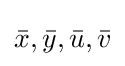
{\bar {x}},{\bar {y}},{\bar {u}},{\bar {v}}